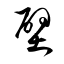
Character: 壁